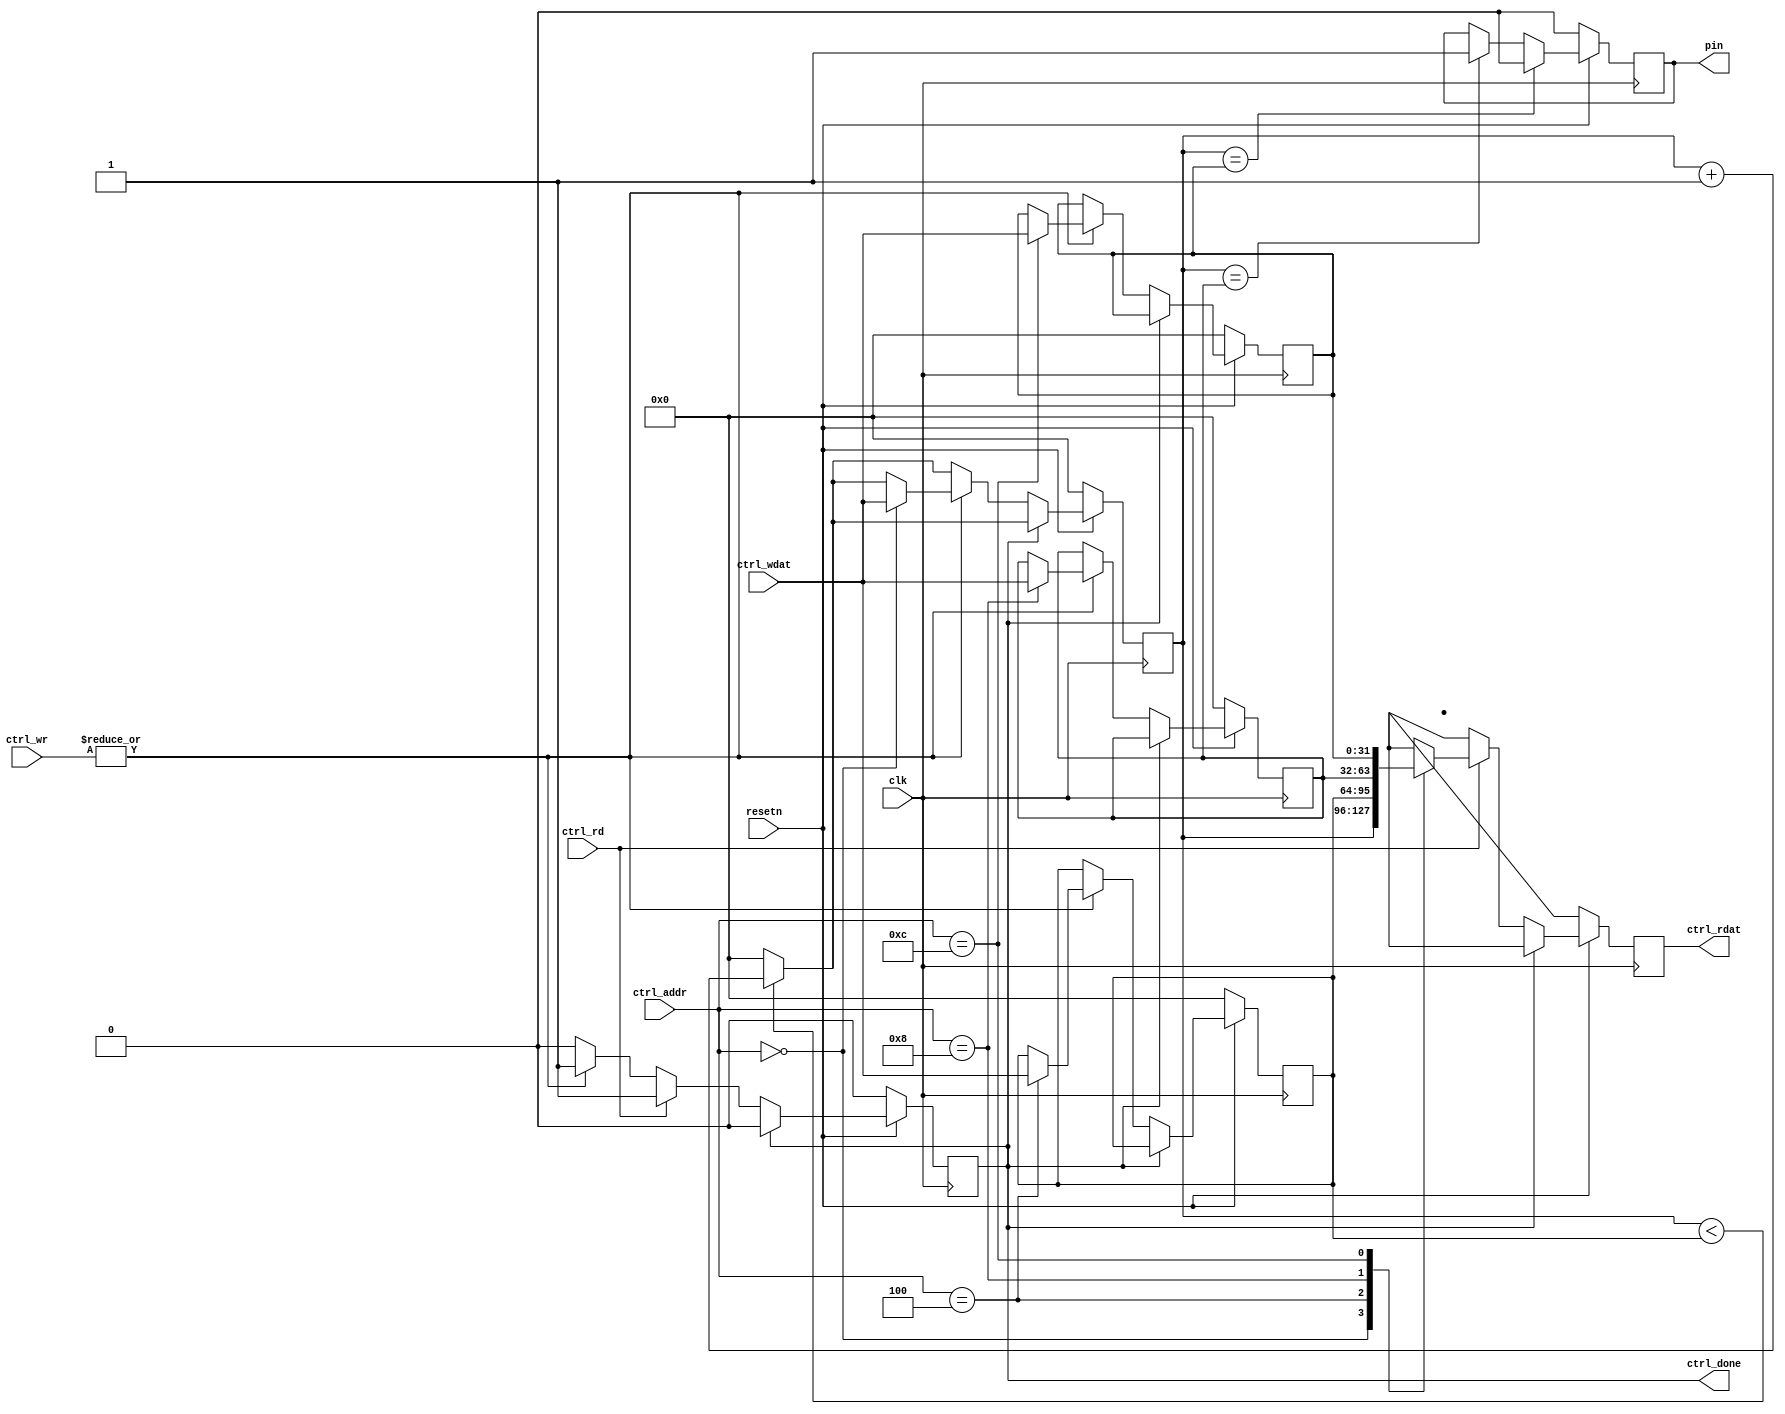
module icosoc_mod_pwm (
	input clk,
	input resetn,

	input [ 3:0] ctrl_wr,
	input        ctrl_rd,
	input [15:0] ctrl_addr,
	input [31:0] ctrl_wdat,
	output reg [31:0] ctrl_rdat,
	output reg ctrl_done,

	output reg pin
);
	parameter integer CLOCK_FREQ_HZ = 6000000;

	reg [31:0] counter;
	reg [31:0] max_cnt, on_cnt, off_cnt;

	always @(posedge clk) begin
		ctrl_done <= 0;
		ctrl_rdat <= 'bx;

		counter <= counter < max_cnt ? counter + 1 : 0;
		if (counter == on_cnt) pin <= 1;
		if (counter == off_cnt) pin <= 0;

		if (!resetn) begin
			counter <= 0;
			max_cnt <= 0;
			on_cnt <= 0;
			off_cnt <= 0;
			pin <= 0;
		end else
		if (!ctrl_done) begin
			if (|ctrl_wr) begin
				ctrl_done <= 1;
				case (ctrl_addr)
					15'h 0000: counter <= ctrl_wdat;
					15'h 0004: max_cnt <= ctrl_wdat;
					15'h 0008: on_cnt <= ctrl_wdat;
					15'h 000c: off_cnt <= ctrl_wdat;
				endcase
			end
			if (ctrl_rd) begin
				ctrl_done <= 1;
				case (ctrl_addr)
					15'h 0000: ctrl_rdat <= counter;
					15'h 0004: ctrl_rdat <= max_cnt;
					15'h 0008: ctrl_rdat <= on_cnt;
					15'h 000c: ctrl_rdat <= off_cnt;
				endcase
			end
		end
	end
endmodule